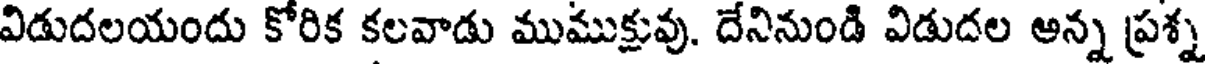
విడుదలయందు కోరిక కలవాడు ముముక్షువు. దేనినుండి విడుదల అన్న ప్రశ్న